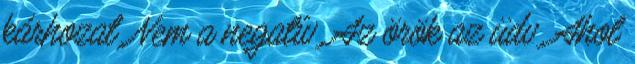
kárhozat. Nem a negatív. Az örök az üdv. Ahol